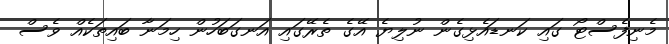
މެނިފެސްޓޯ ގައި ކަނޑައެޅިގެން ނުލިޔެ އޭގެ ތެރޭގައި އަނގަބަހުން ހިމަނާ ބައިތަކެއް ވެސް